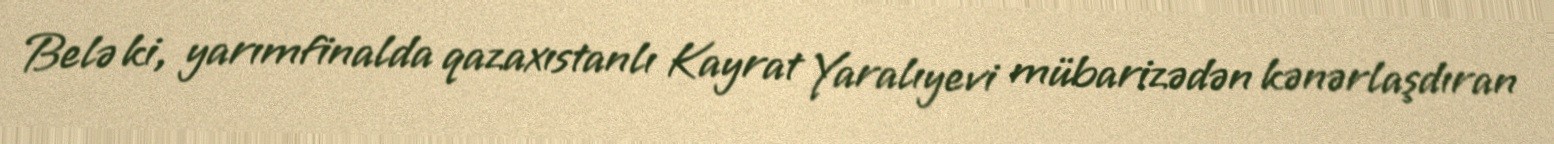
Belə ki, yarımfinalda qazaxıstanlı Kayrat Yaralıyevi mübarizədən kənərlaşdıran